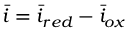
\bar { i } = \bar { i } _ { r e d } - \bar { i } _ { o x }